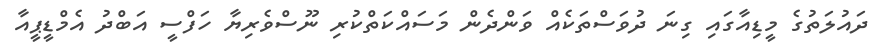
ދައުލަތުގެ މީޑިއާގައި ގިނަ ދުވަސްތަކެއް ވަންދެން މަސައްކަތްކުރި ނޫސްވެރިޔާ ހަފްސީ އަބްދު އެމްޑީޕީއާ